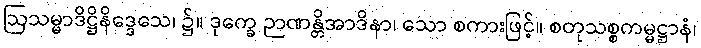
ဩသမ္မာဒိဋ္ဌိနိဒ္ဒေသေ၊ ၌။ ဒုက္ခေ ဉာဏန္တိအာဒိနာ၊ သော စကားဖြင့်။ စတုသစ္စကမ္မဋ္ဌာနံ၊